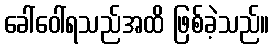
ခေါ်ဝေါ်ရသည်အထိ ဖြစ်ခဲ့သည်။